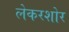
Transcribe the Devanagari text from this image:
लेकरशोर